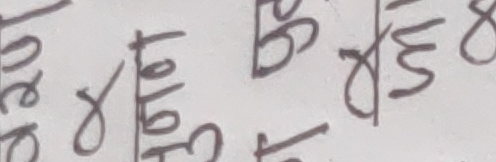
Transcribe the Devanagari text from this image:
तोल छ। स